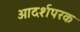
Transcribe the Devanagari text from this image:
आदर्शपरक